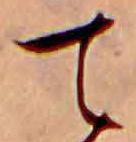
て